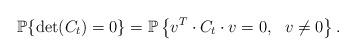
LaTeX: \begin{align*}\mathbb{P}\{\det(C_t)=0 \}&=\mathbb{P}\left\{v^T\cdot C_t \cdot v=0,\ \ v\neq 0 \right\}.\end{align*}